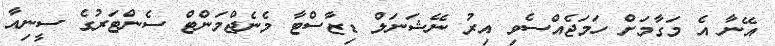
އޭނާ އެ މަގާމަށް ހަމަޖެއްސެވި އިރު ނޭޝަނަލް ޑިޒާސްޓާ މެނެޖްމަންޓް ސެންޓަރުގެ ސީނިއާ